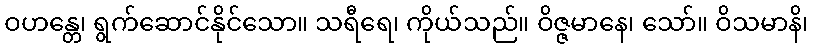
ဝဟန္တေ၊ ရွက်ဆောင်နိုင်သော။ သရီရေ၊ ကိုယ်သည်။ ဝိဇ္ဇမာနေ၊ သော်။ ဝိသမာနိ၊